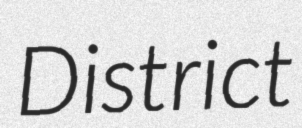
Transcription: District